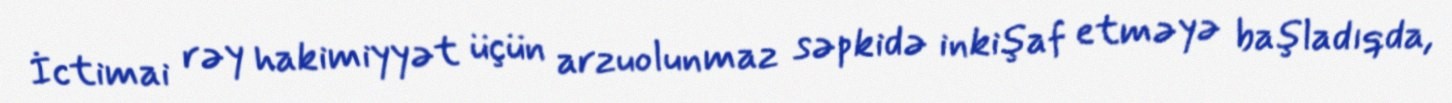
İctimai rəy hakimiyyət üçün arzuolunmaz səpkidə inkişaf etməyə başladıqda,